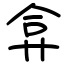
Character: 弇